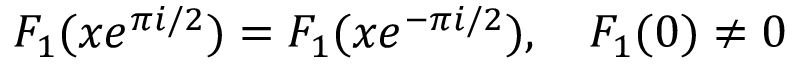
F _ { 1 } ( x e ^ { \pi i / 2 } ) = F _ { 1 } ( x e ^ { - \pi i / 2 } ) , \quad F _ { 1 } ( 0 ) \ne 0